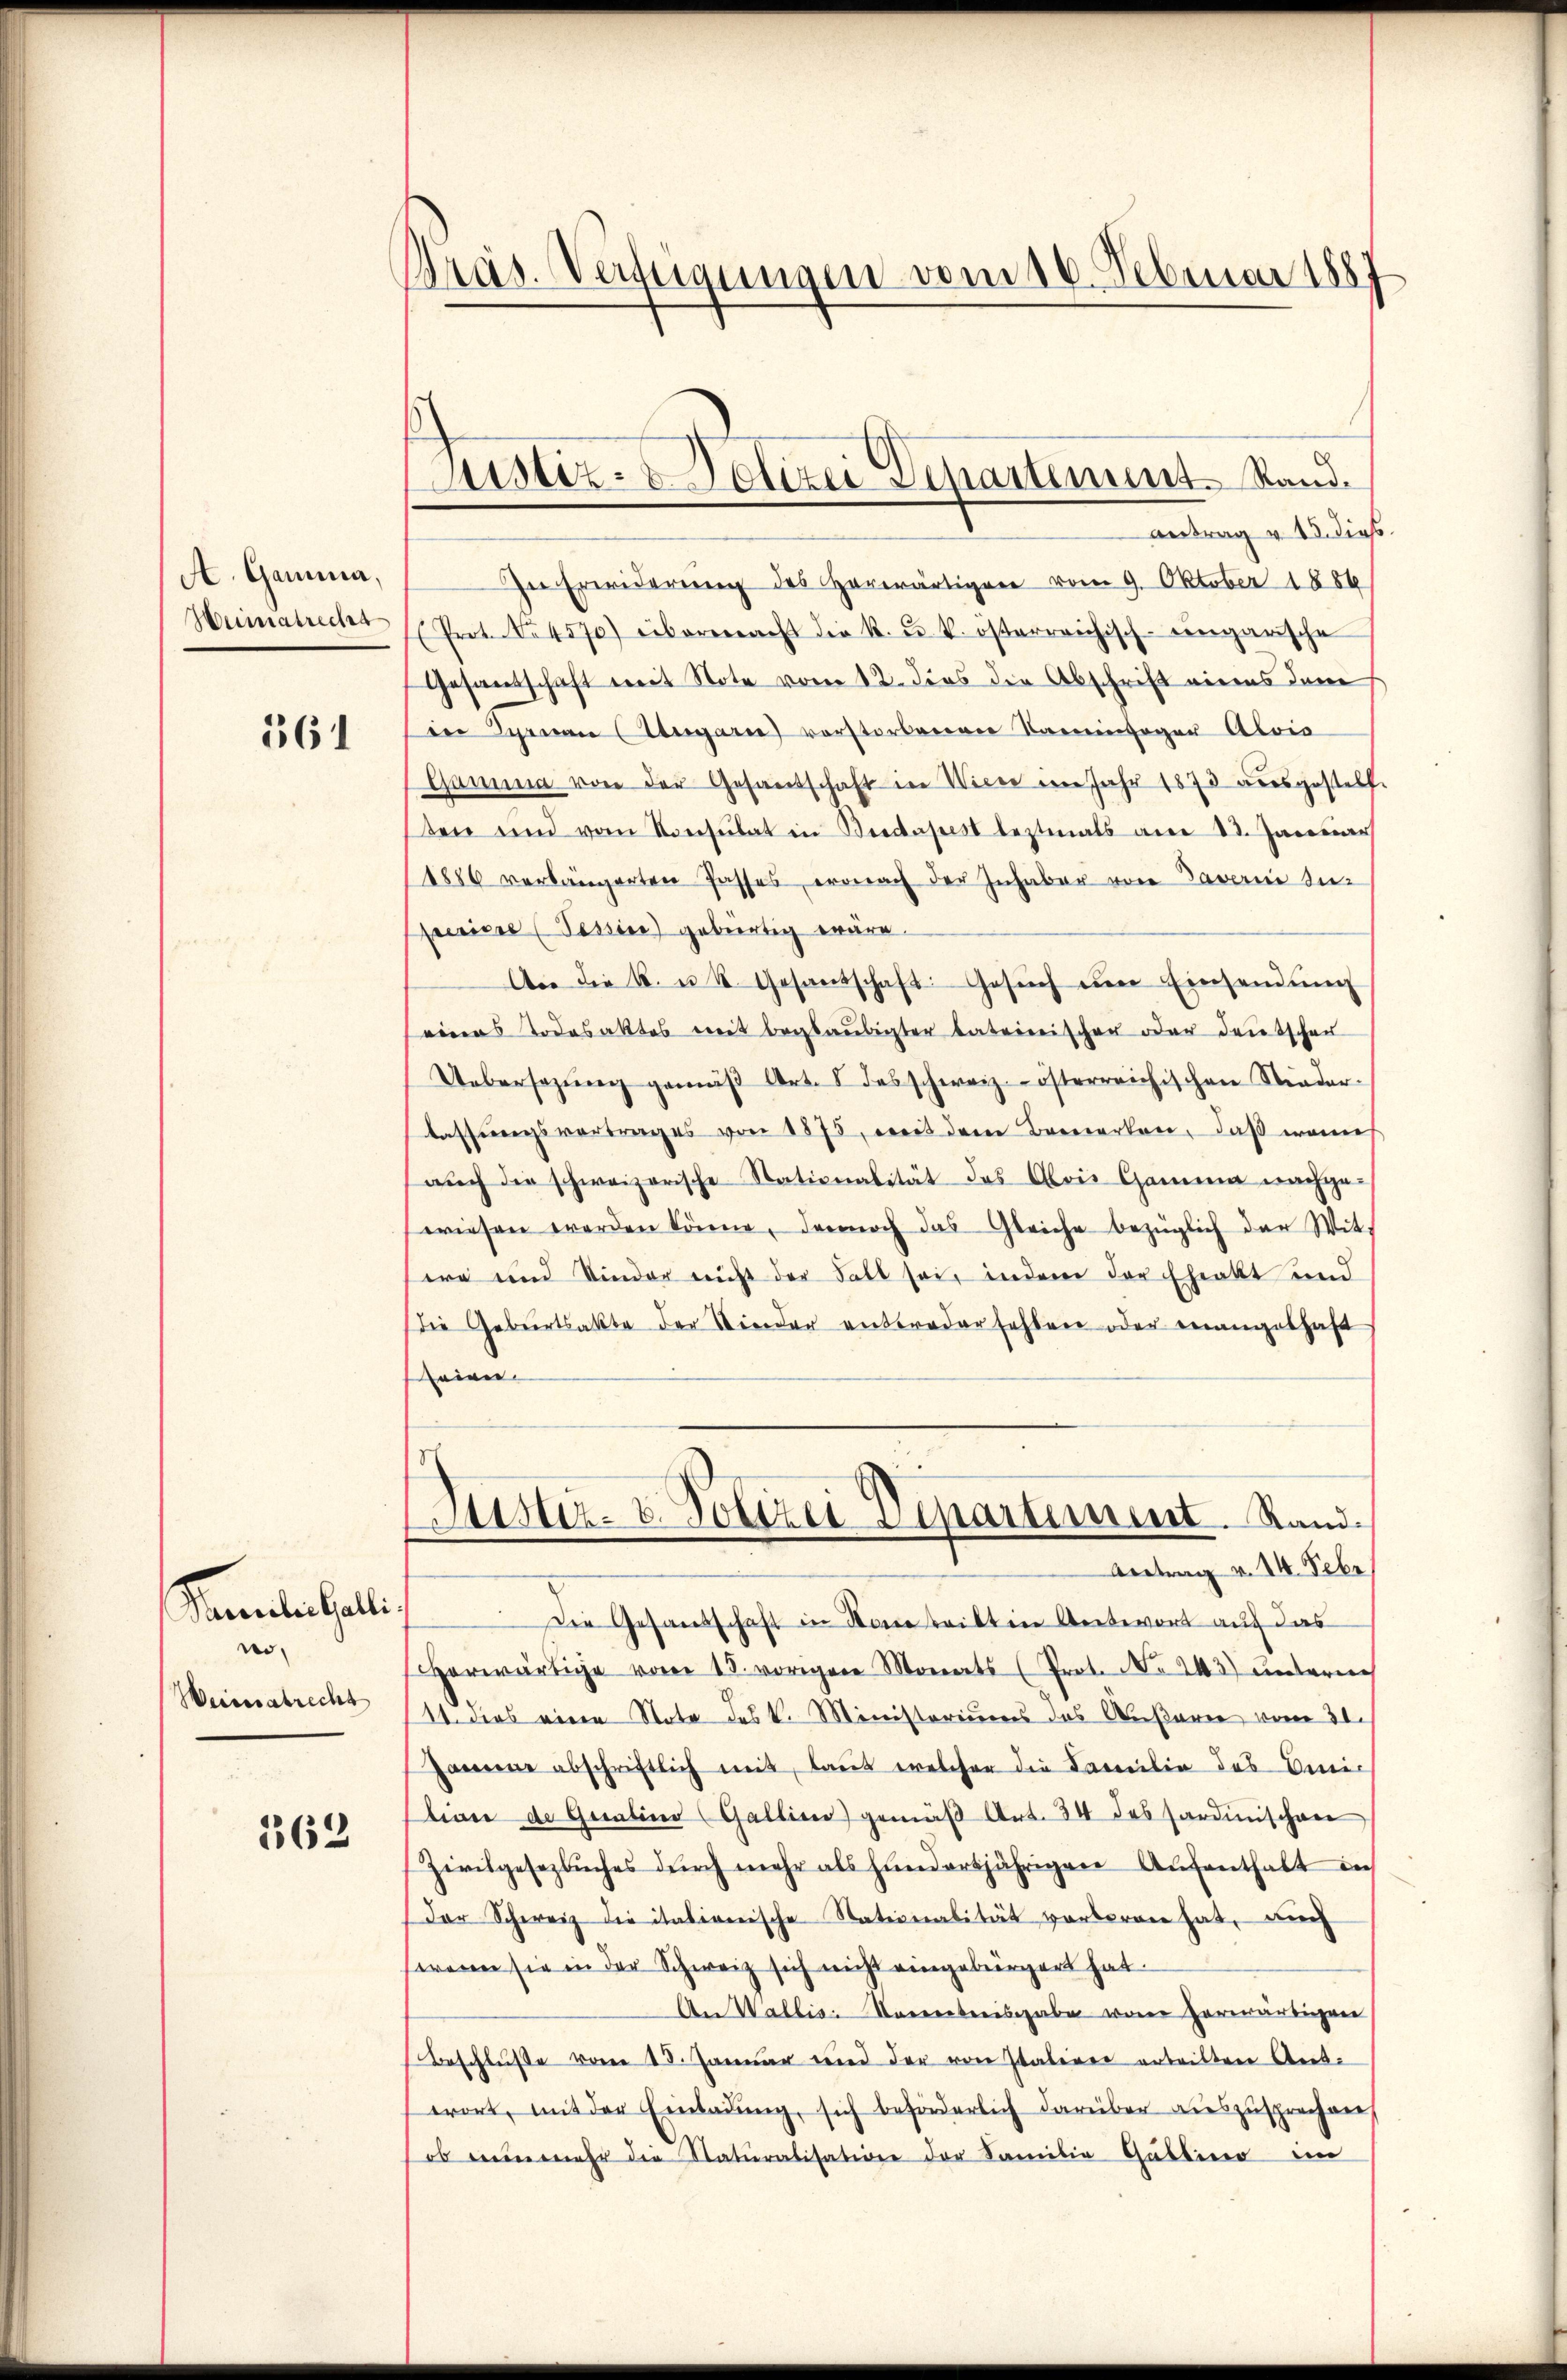
A. Gamina,
Heimatrecht

361

Standen halt
no
Weinsatrecht

162

Präs. Verfügungen vom 16. Februar 1887

e

Justiz- & Polizei Departement. Stand¬
Antrag v. 15. dies.

In Erwiderung des Herwärtigen vom 9. Oktober 1884
(Prot. No 4570) eibernach die k. u. k. österreichisch-eingarische
Gesandschaft mit Note vom 12. dies die Abschrift eines dem
in Synau (Ungarie vorstorbenen Kaminfeger Alois
Gama von der Gesandschaft in Wisse im Jahr 1873 ausgestelle
ten und vom Konsulat in Bedapest leztmals am 21. Januar
1886 verlängerten Passes, ernach der Inhaber von Taverin zu-
Frerisse (Tessine) gebürtig wäre.
An die k. u 2. Gesandschaft. Gesŭch ŭm Einsendŭng
eines Todesaktes mit beglaubigter lateinischer oder Deutschen
Uebersezŭng gemäβ Art. I des schweiz.- österreichischen Nieder-
lassungsvertrages von 1875, mit dem Bemerken, daß wenn
aŭch die schweizerische Stationalität das Alois Gamma nachge-
wiesen werden könne, dennoch das Gleiche bezüglich der Wit-
ea und Sinder nicht der Fall sei, indem der Eheakt und
die Geburtsakte der Nieder antroder fehlen oder mangelhaft
seien
sch
Justiz- & Polizei Departiment. Stand.
Aeetrag v. 14. Febr
Die Gesandschaft in Kontritten Antwort auf das
herwärtige vom 15. vorigen Monats (Prot. No 243) unterneh
11. dies eine Note des k. Ministeriums das Außern vom 30.
Jammene abschriftlich mit, laut welcher die Familie des Omnic
tion de Gualine Gallina) gemäß Art. 34 des Sardinischen
Zivilgesezbuches durch mehr als hinderjährigen Aufenthalt in
Der Schweiz die italienische Nationalität vorberen hat, auch
wenn sie in der Schweiz sich nicht eingebürgert hat.
An Wallis. Docentreisgabe von herwärtigen
Beschluße vom 18. Januar und der von Italiner erteilten Ant.
wort, mit der Einladŭng, sich beförderlich darüber auszusprechen,
ob nunmehr die Naturalisation der Familie Gabbina ein